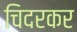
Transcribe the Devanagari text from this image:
चिदरकर